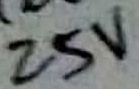
Text: 25V